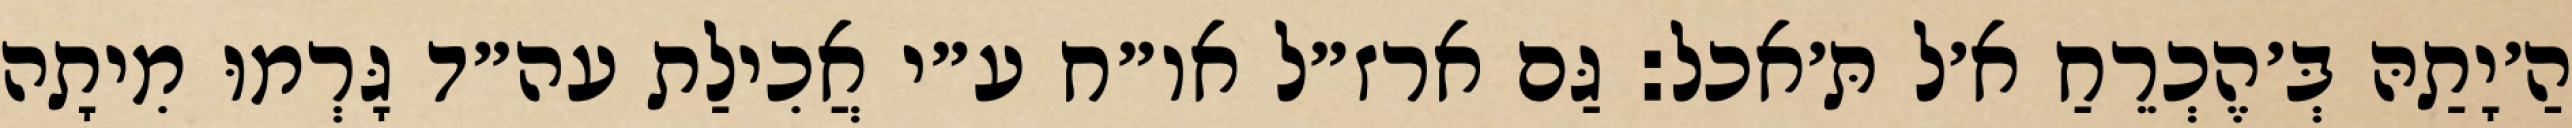
הַ׳יָתַהּ בְּ׳הֶכְרֵחַ א׳ל תּ׳אכל: גַּם ארז״ל או״ח ע״י אֲכִילַת עה״ד גָּרְמוּ מִיתָה